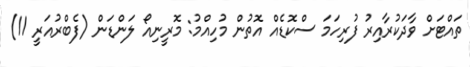
ތައްޓަށް ވާދަކުރާއިރު ފުރިހަމަ ސްކޮޑެއް އޮތުން މުހިއްމު: މޮރީނިއޯ ލަންޑަން (ފެބްރުއަރީ 11)